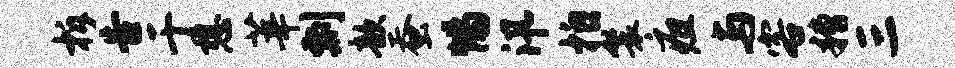
柝告于想莘剽歆蚕惕汛拍鬟疽与客糟三